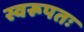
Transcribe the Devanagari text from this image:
स्वरूपतः